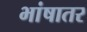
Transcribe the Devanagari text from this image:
भांषातर